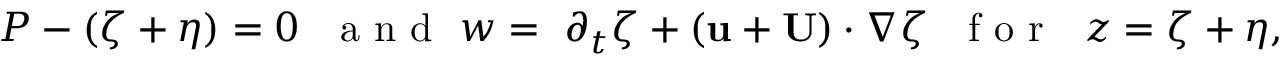
P - ( \zeta + \eta ) = 0 ~ ~ \mathrm { ~ a ~ n ~ d ~ } ~ w = ~ \partial _ { t } \zeta + ( \mathbf { u } + \mathbf { U } ) \cdot \nabla \zeta ~ ~ \mathrm { ~ f ~ o ~ r ~ } ~ ~ z = \zeta + \eta ,